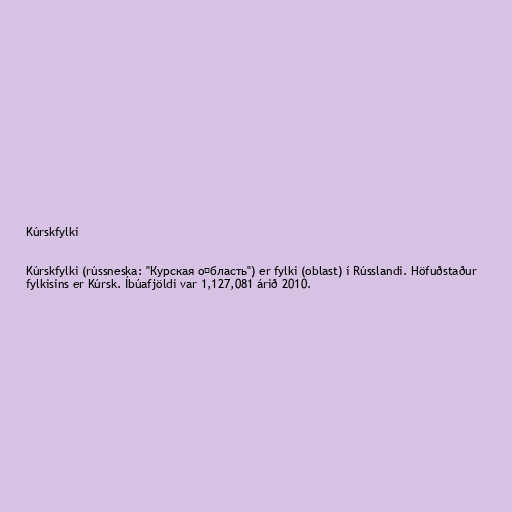
Kúrskfylki

Kúrskfylki (rússneska: "Курская о́бласть") er fylki (oblast) í Rússlandi. Höfuðstaður
fylkisins er Kúrsk. Íbúafjöldi var 1,127,081 árið 2010.